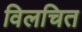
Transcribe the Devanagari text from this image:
विलचित